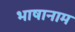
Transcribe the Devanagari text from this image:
भाषानाम